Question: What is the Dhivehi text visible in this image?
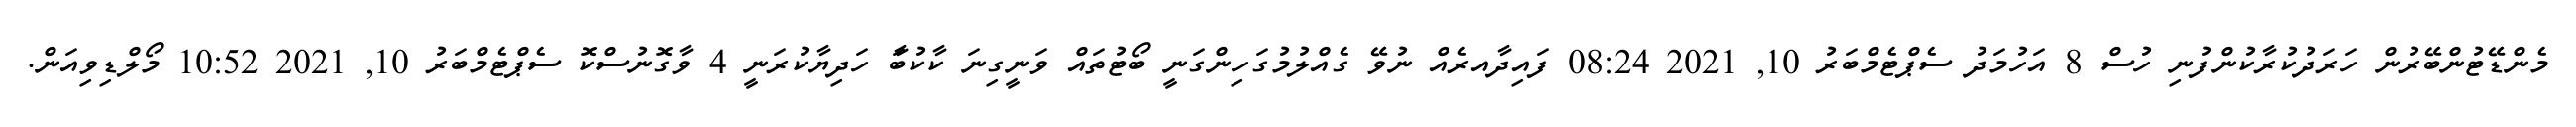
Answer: މެންޑޭޓުންބޭރުން ހަރަދުކުރާކުންފުނި ހުސް 8 އަހުމަދު ސެޕްޓެމްބަރު 10, 2021 08:24 ފައިދާއރެއް ނުވޭ ގެއްލުމުގަހިންގަނީ ބޯޓުތައް ވަނީގިނަ ކާކުބަާ ހަދިޔާކުރަނީ 4 ވާގޮނުސްކޮ ސެޕްޓެމްބަރު 10, 2021 10:52 މޯލްޑިވިއަން.